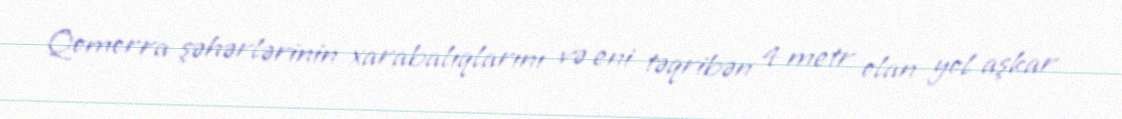
Qomorra şəhərlərinin xarabalıqlarını və eni təqribən 4 metr olan yol aşkar